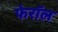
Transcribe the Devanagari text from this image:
फेरॉल